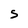
Character: S